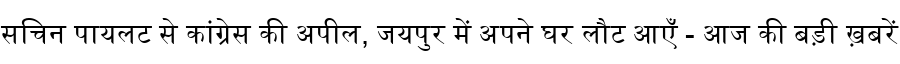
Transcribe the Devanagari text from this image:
सचिन पायलट से कांग्रेस की अपील, जयपुर में अपने घर लौट आएँ - आज की बड़ी ख़बरें